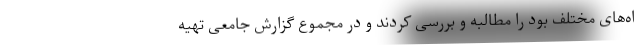
اه‌های مختلف بود را مطالبه و بررسی کردند و در مجموع گزارش جامعی تهیه